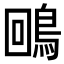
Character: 𪀟